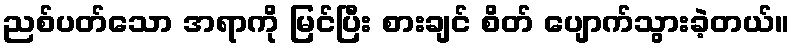
ညစ်ပတ်သော အရာကို မြင်ပြီး စားချင် စိတ် ပျောက်သွားခဲ့တယ်။